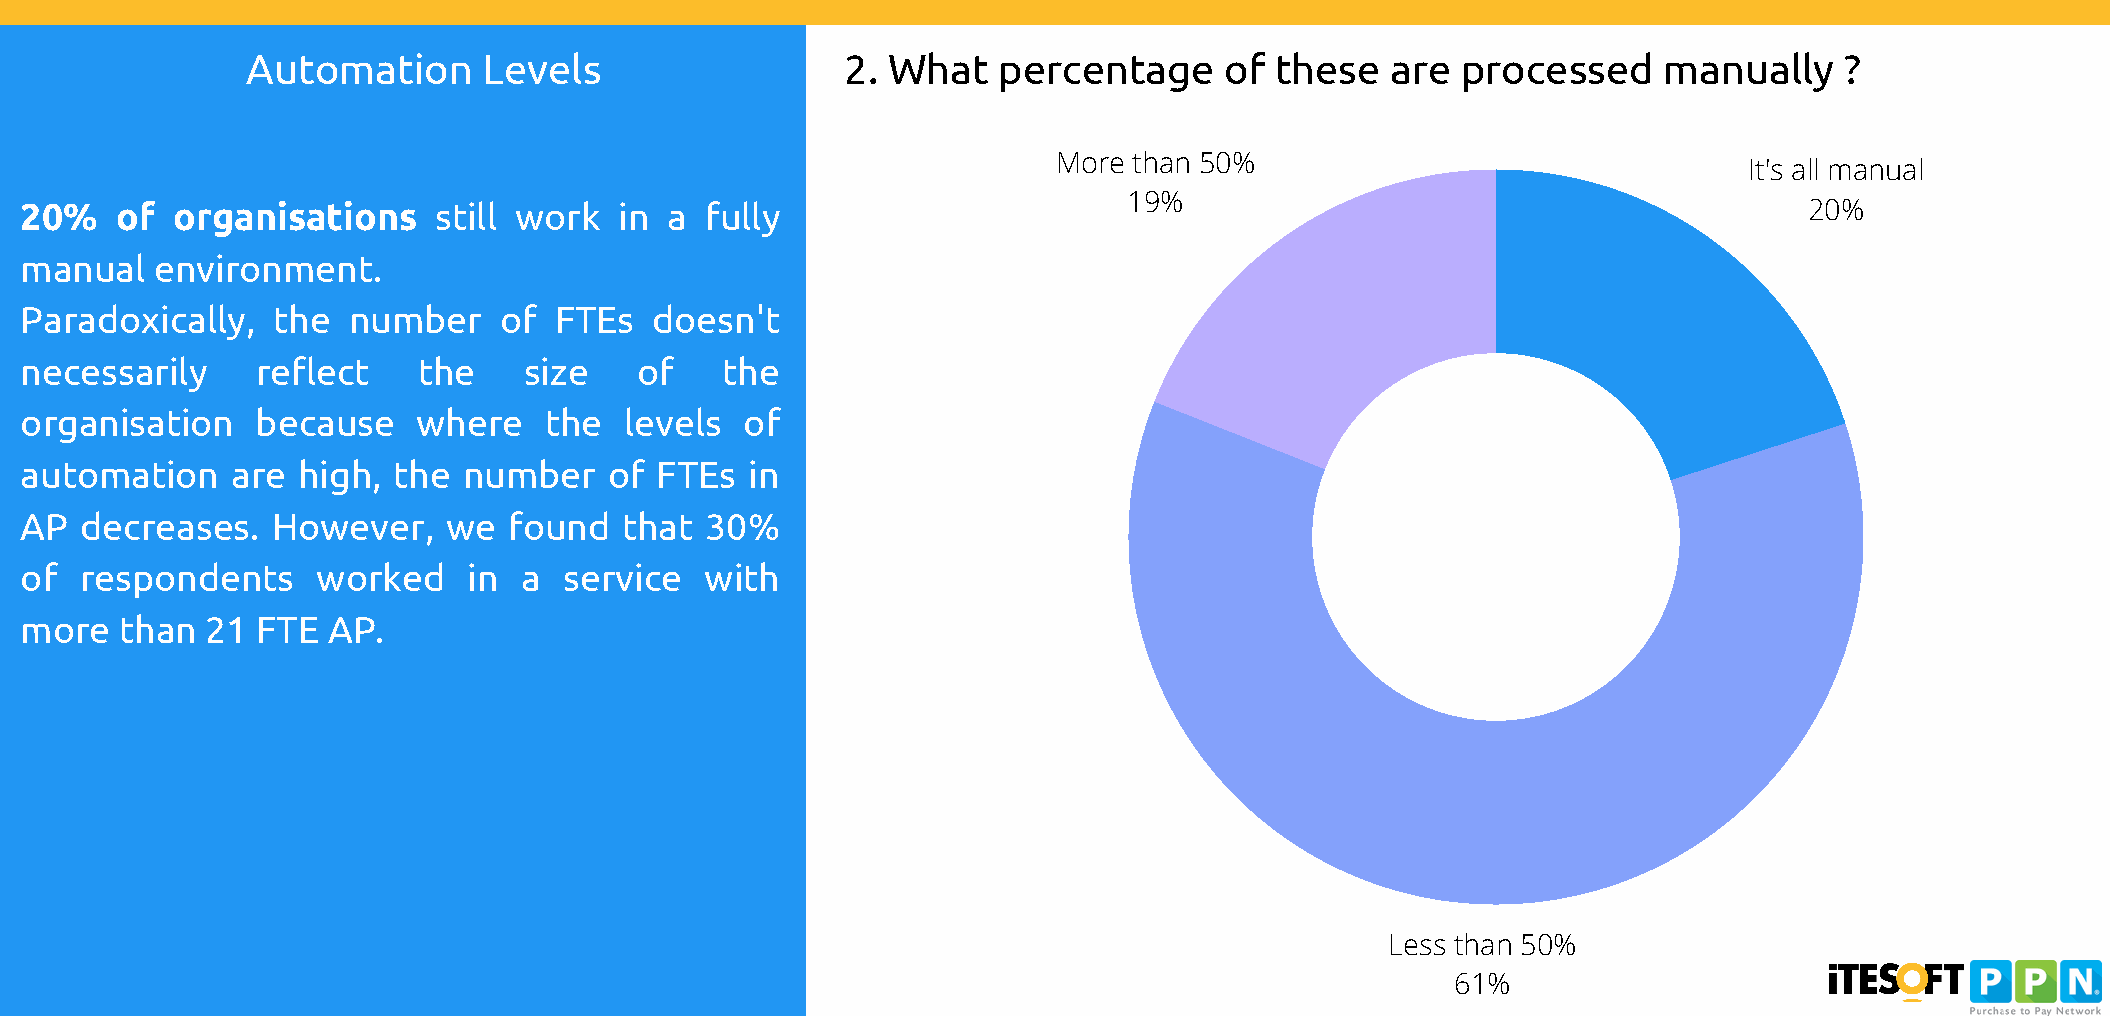
Automation      Levels                  2. What   percentage     of these   are  processed    manually    ?
 More than 50%
 It's all manual
 19%
 20%    of organisations     still work  in a  fully                                                                    20%
 manual   environment.
 Paradoxically,   the  number    of  FTEs  doesn't
 necessarily     reflect    the    size   of    the
 organisation    because    where   the  levels  of
 automation    are  high, the  number   of FTEs   in
 AP  decreases.   However,    we  found  that  30%
 of  respondents     worked    in a  service   with
 more   than  21 FTE  AP.
 Less than 50%
 61%